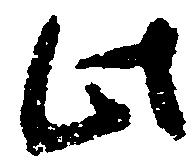
此